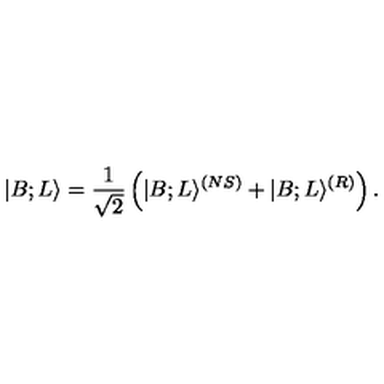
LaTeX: | B ; L \rangle = { \frac { 1 } { \sqrt { 2 } } } \left( | B ; L \rangle ^ { ( N S ) } + | B ; L \rangle ^ { ( R ) } \right) .